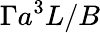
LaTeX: \Gamma a^{3}L/B